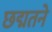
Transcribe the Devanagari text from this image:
छद्मतने